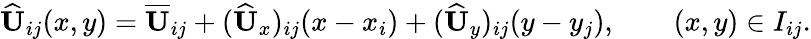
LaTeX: \widehat{\mathbf{U}}_{ij}(x,y)=\overline{{\mathbf{U}}}_{ij}+(\widehat{\mathbf{U}}_{x})_{ij}(x-x_{i})+(\widehat{\mathbf{U}}_{y})_{ij}(y-y_{j}),\qquad(x,y)\in I_{ij}.